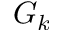
G _ { k }